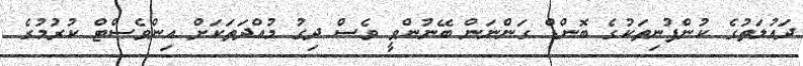
ދައުލަތުގެ ކުންފުނިތަކުގެ ބޮންޑް ގަންނަން ބޭނުންވީ ވެސް ދިގު މުއްދަތަކަށް އިންވެސްޓް ކުރުމުގެ